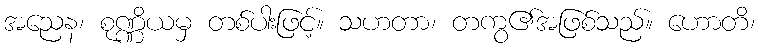
အညေန၊ စုဏ္ဏိယမှ တစ်ပါးဖြင့်။ သဟတာ၊ တကွ၏အဖြစ်သည်။ ဟောတိ၊